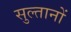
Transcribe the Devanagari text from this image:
सुल्‍तानों